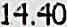
14.40